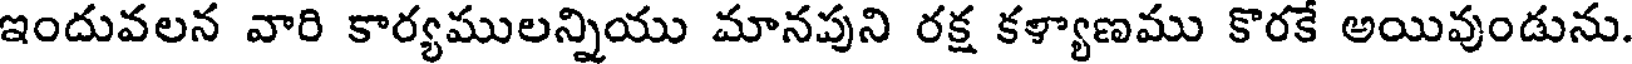
ఇందువలన వారి కార్యములన్నియు మానపుని రక్ష కళ్యాణము కొరకే అయివుండును.